Indian journal of veterinary science and animal husbandry - Volumes 24-25, 1954-1955
Year: 1954
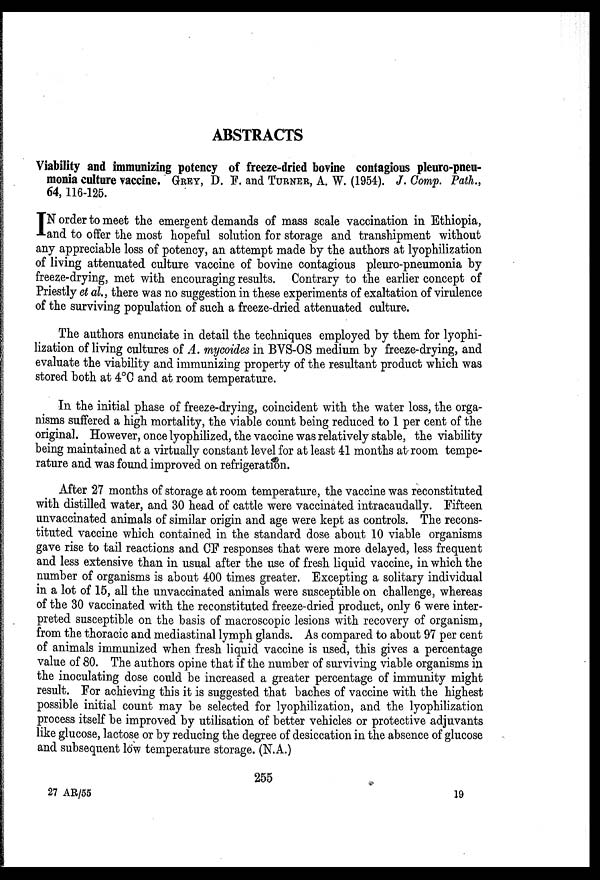
ABSTRACTS
Viability and immunizing potency of freeze-dried bovine contagious pleuro-pneu-
monia culture vaccine. GREY, D. F. and TURNER, A. W. (1954). J. Comp. Path.,
64, 116-125.
I N order to meet the emergent demands of mass scale vaccination in Ethiopia,
and to offer the most hopeful solution for storage and transhipment without
any appreciable loss of potency, an attempt made by the authors at lyophilization
of living attenuated culture vaccine of bovine contagious pleuro-pneumonia by
freeze-drying, met with encouraging results. Contrary to the earlier concept of
Priestly et al., there was no suggestion in these experiments of exaltation of virulence
of the surviving population of such a freeze-dried attenuated culture.
The authors enunciate in detail the techniques employed by them for lyophi-
lization of living cultures of A. mycoides in BVS-OS medium by freeze-drying, and
evaluate the viability and immunizing property of the resultant product which was
stored both at 4°C and at room temperature.
In the initial phase of freeze-drying, coincident with the water loss, the orga-
nisms suffered a high mortality, the viable count being reduced to 1 per cent of the
original. However, once lyophilized, the vaccine was relatively stable, the viability
being maintained at a virtually constant level for at least 41 months at room tempe-
rature and was found improved on refrigeration.
After 27 months of storage at room temperature, the vaccine was reconstituted
with distilled water, and 30 head of cattle were vaccinated intracaudally. Fifteen
unvaccinated animals of similar origin and age were kept as controls. The recons-
tituted vaccine which contained in the standard dose about 10 viable organisms
gave rise to tail reactions and CF responses that were more delayed, less frequent
and less extensive than in usual after the use of fresh liquid vaccine, in which the
number of organisms is about 400 times greater. Excepting a solitary individual
in a lot of 15, all the unvaccinated animals were susceptible on challenge, whereas
of the 30 vaccinated with the reconstituted freeze-dried product, only 6 were inter-
preted susceptible on the basis of macroscopic lesions with recovery of organism,
from the thoracic and mediastinal lymph glands. As compared to about 97 per cent
of animals immunized when fresh liquid vaccine is used, this gives a percentage
value of 80. The authors opine that if the number of surviving viable organisms in
the inoculating dose could be increased a greater percentage of immunity might
result. For achieving this it is suggested that baches of vaccine with the highest
possible initial count may be selected for lyophilization, and the lyophilization
process itself be improved by utilisation of better vehicles or protective adjuvants
like glucose, lactose or by reducing the degree of desiccation in the absence of glucose
and subsequent low temperature storage. (N.A.)
255
27 AR/55
19